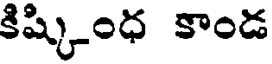
కిష్కింధ కాండ